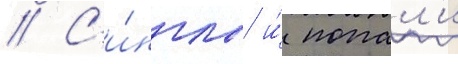
// С'и́нглы и́ попал'и